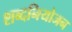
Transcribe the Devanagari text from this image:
शब्दनियोजन